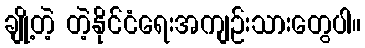
ချို့တဲ့ တဲ့နိုင်ငံရေးအကျဉ်းသားတွေပါ။